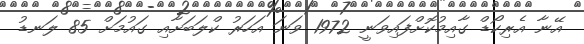
އޭނާ އެރިކޯޑް ގާއިމުކޮށްފައިވަނީ 1972 ވަނަ އަހަރު ކްލަބަށާއި ގައުމަށް 85 ލަނޑު